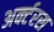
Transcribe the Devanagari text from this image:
अर्क्टरस